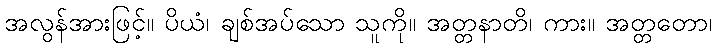
အလွန်အားဖြင့်။ ပိယံ၊ ချစ်အပ်သော သူကို။ အတ္တနာတိ၊ ကား။ အတ္တတော၊